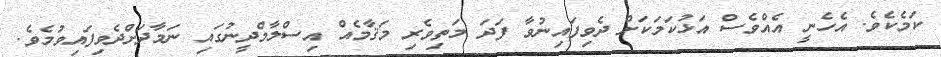
ކަމެކެވެ. އެހެނީ އެއްވެސް އަޅުކަމަކަށް ދެވިފައިނުވާ ފަދަ މަތިވެރި މަޤާމެއް އިސްލާމްދީނުގައި ނަމާދަށްދެވިފައިވުމެވެ.